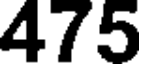
475